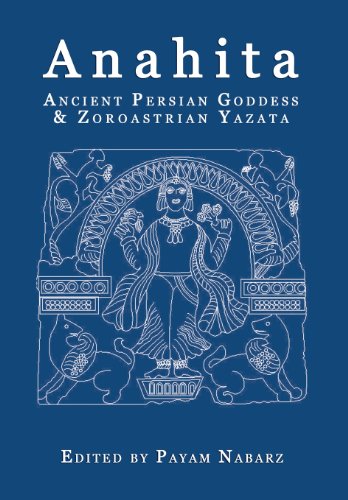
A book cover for Anahita: Ancient Persian Goddess and Zoroastrian Yazata; Religion & Spirituality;